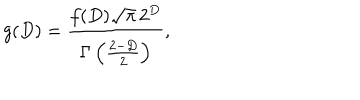
g ( D ) = \frac { f ( D ) \sqrt { \pi } \, 2 ^ { D } } { \Gamma \left( \frac { 2 - D } { 2 } \right) } ,